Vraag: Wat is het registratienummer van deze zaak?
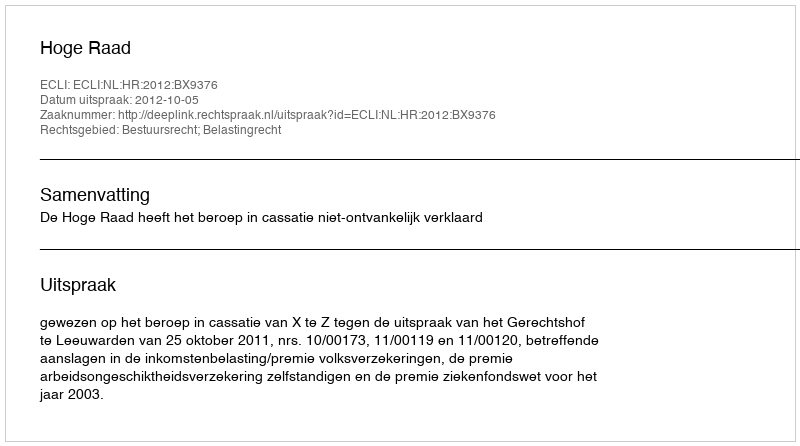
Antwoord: http://deeplink.rechtspraak.nl/uitspraak?id=ECLI:NL:HR:2012:BX9376